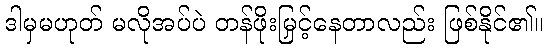
ဒါမှမဟုတ် မလိုအပ်ပဲ တန်ဖိုးမြှင့်နေတာလည်း ဖြစ်နိုင်၏။